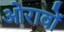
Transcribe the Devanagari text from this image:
ओरावों